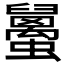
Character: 𧔱